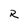
Character: R